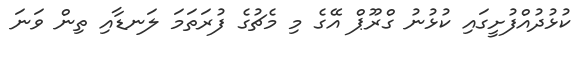
ކުޅުދުއްފުށީގައި ކުޅުނު ގްރޫޕް އޭގެ މި މެޗުގެ ފުރަތަމަ ލަނޑާއި ތިން ވަނަ